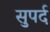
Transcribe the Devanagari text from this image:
सुपर्द